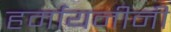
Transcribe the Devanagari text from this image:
हर्मायनीनी